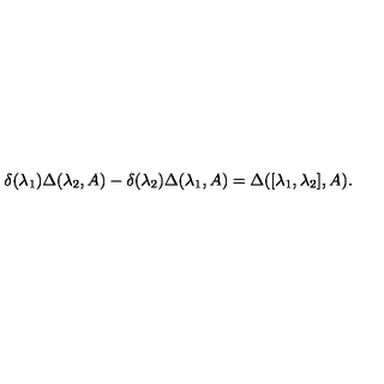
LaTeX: \delta ( \lambda _ { 1 } ) \Delta ( \lambda _ { 2 } , A ) - \delta ( \lambda _ { 2 } ) \Delta ( \lambda _ { 1 } , A ) = \Delta ( [ \lambda _ { 1 } , \lambda _ { 2 } ] , A ) .